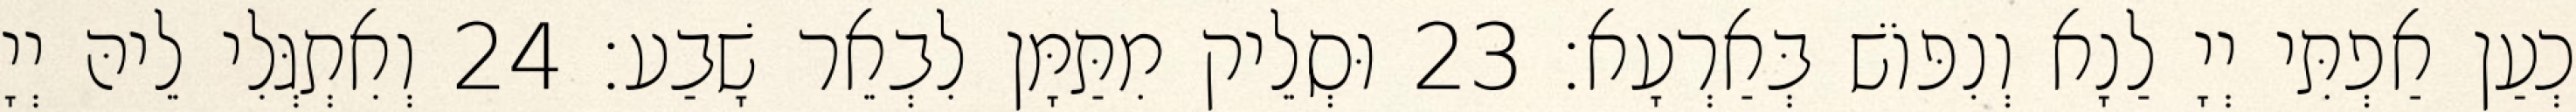
כְעַן אַפְתִּי יְיָ לַנָא וְנִפּוֹשׁ בְּאַרְעָא׃ 23 וּסְלֵיק מִתַּמָּן לִבְאֵר שָׁבַע׃ 24 וְאִתְגְּלִי לֵיהּ יְיָ